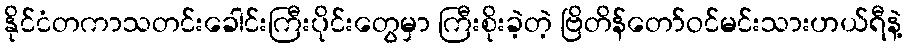
နိုင်ငံတကာသတင်းခေါင်းကြီးပိုင်းတွေမှာ ကြီးစိုးခဲ့တဲ့ ဗြိတိန်တော်ဝင်မင်းသားဟယ်ရီနဲ့